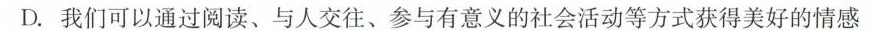
D.我们可以通过阅读、与人交往、参与有意义的社会活动等方式获得美好的情感